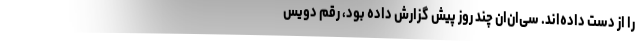
را از دست داده‌اند. سی‌ان‌ان چند روز پیش گزارش داده بود، رقم دویس